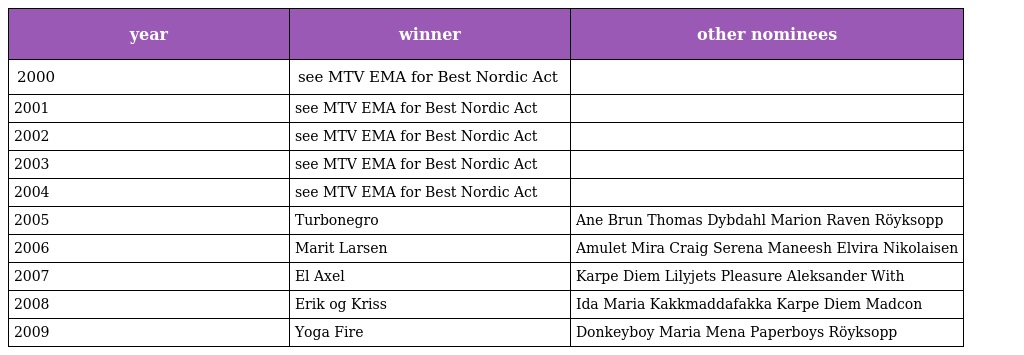
| year | winner | other nominees |
 | --- | --- | --- |
 | 2000 | see MTV EMA for Best Nordic Act |  |
 | 2001 | see MTV EMA for Best Nordic Act |  |
 | 2002 | see MTV EMA for Best Nordic Act |  |
 | 2003 | see MTV EMA for Best Nordic Act |  |
 | 2004 | see MTV EMA for Best Nordic Act |  |
 | 2005 | Turbonegro | Ane Brun Thomas Dybdahl Marion Raven Röyksopp |
 | 2006 | Marit Larsen | Amulet Mira Craig Serena Maneesh Elvira Nikolaisen |
 | 2007 | El Axel | Karpe Diem Lilyjets Pleasure Aleksander With |
 | 2008 | Erik og Kriss | Ida Maria Kakkmaddafakka Karpe Diem Madcon |
 | 2009 | Yoga Fire | Donkeyboy Maria Mena Paperboys Röyksopp |